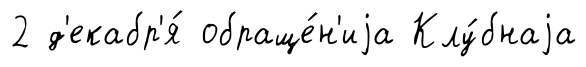
2 д'екабр'я́ обраще́н'иjа Клу́бнаjа